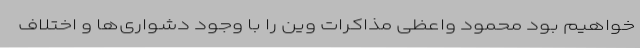
خواهیم بود محمود واعظی مذاکرات وین را با وجود دشواری‌ها و اختلاف‌